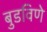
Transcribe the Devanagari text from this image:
बुडविणे